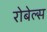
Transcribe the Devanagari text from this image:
रोबेल्‍स